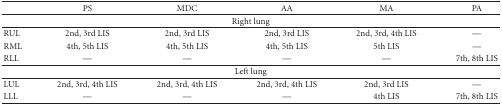
<table><thead><tr><td></td><td><b>PS</b></td><td><b>MDC</b></td><td><b>AA</b></td><td><b>MA</b></td><td><b>PA</b></td></tr></thead><tbody><tr><td colspan="6">Right lung</td></tr><tr><td>RUL</td><td>2nd, 3rd LIS</td><td>2nd, 3rd LIS</td><td>2nd, 3rd LIS</td><td>2nd, 3rd, 4th LIS</td><td>—</td></tr><tr><td>RML</td><td>4th, 5th LIS</td><td>4th, 5th LIS</td><td>4th, 5th LIS</td><td>5th LIS</td><td>—</td></tr><tr><td>RLL</td><td>—</td><td>—</td><td>—</td><td>—</td><td>7th, 8th LIS</td></tr><tr><td colspan="6">Left lung</td></tr><tr><td>LUL</td><td>2nd, 3rd, 4th LIS</td><td>2nd, 3rd, 4th LIS</td><td>2nd, 3rd, 4th LIS</td><td>2nd, 3rd LIS</td><td>—</td></tr><tr><td>LLL</td><td>—</td><td>—</td><td>—</td><td>4th LIS</td><td>7th, 8th LIS</td></tr></tbody></table>